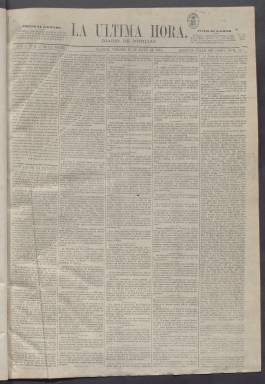
Título: La Última hora (Madrid. 1871)
Colección: Periódicos
Ámbito geográfico: Madrid
Lugar de publicación: Madrid
Fechas: 19/05/1871-01/08/1871